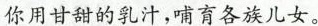
你用甘甜的乳汁，哺育各族儿女。